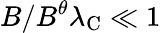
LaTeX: B/B^{\theta}\lambda_{\mathrm{C}}\ll 1